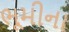
ભૂમીના